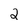
Character: 2